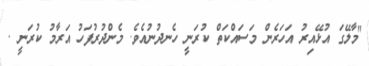
"މާލޭގަ އުޅޭއިރު އަހަރެން މަސައްކަތް ކުރަނީ ހެނދުނުއެވެ. މެންދުރުފަހު އަރާމު ކުރަނީ .